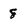
Character: 8